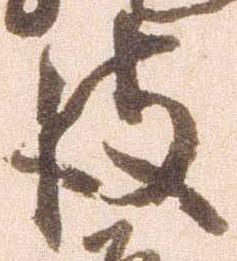
彼